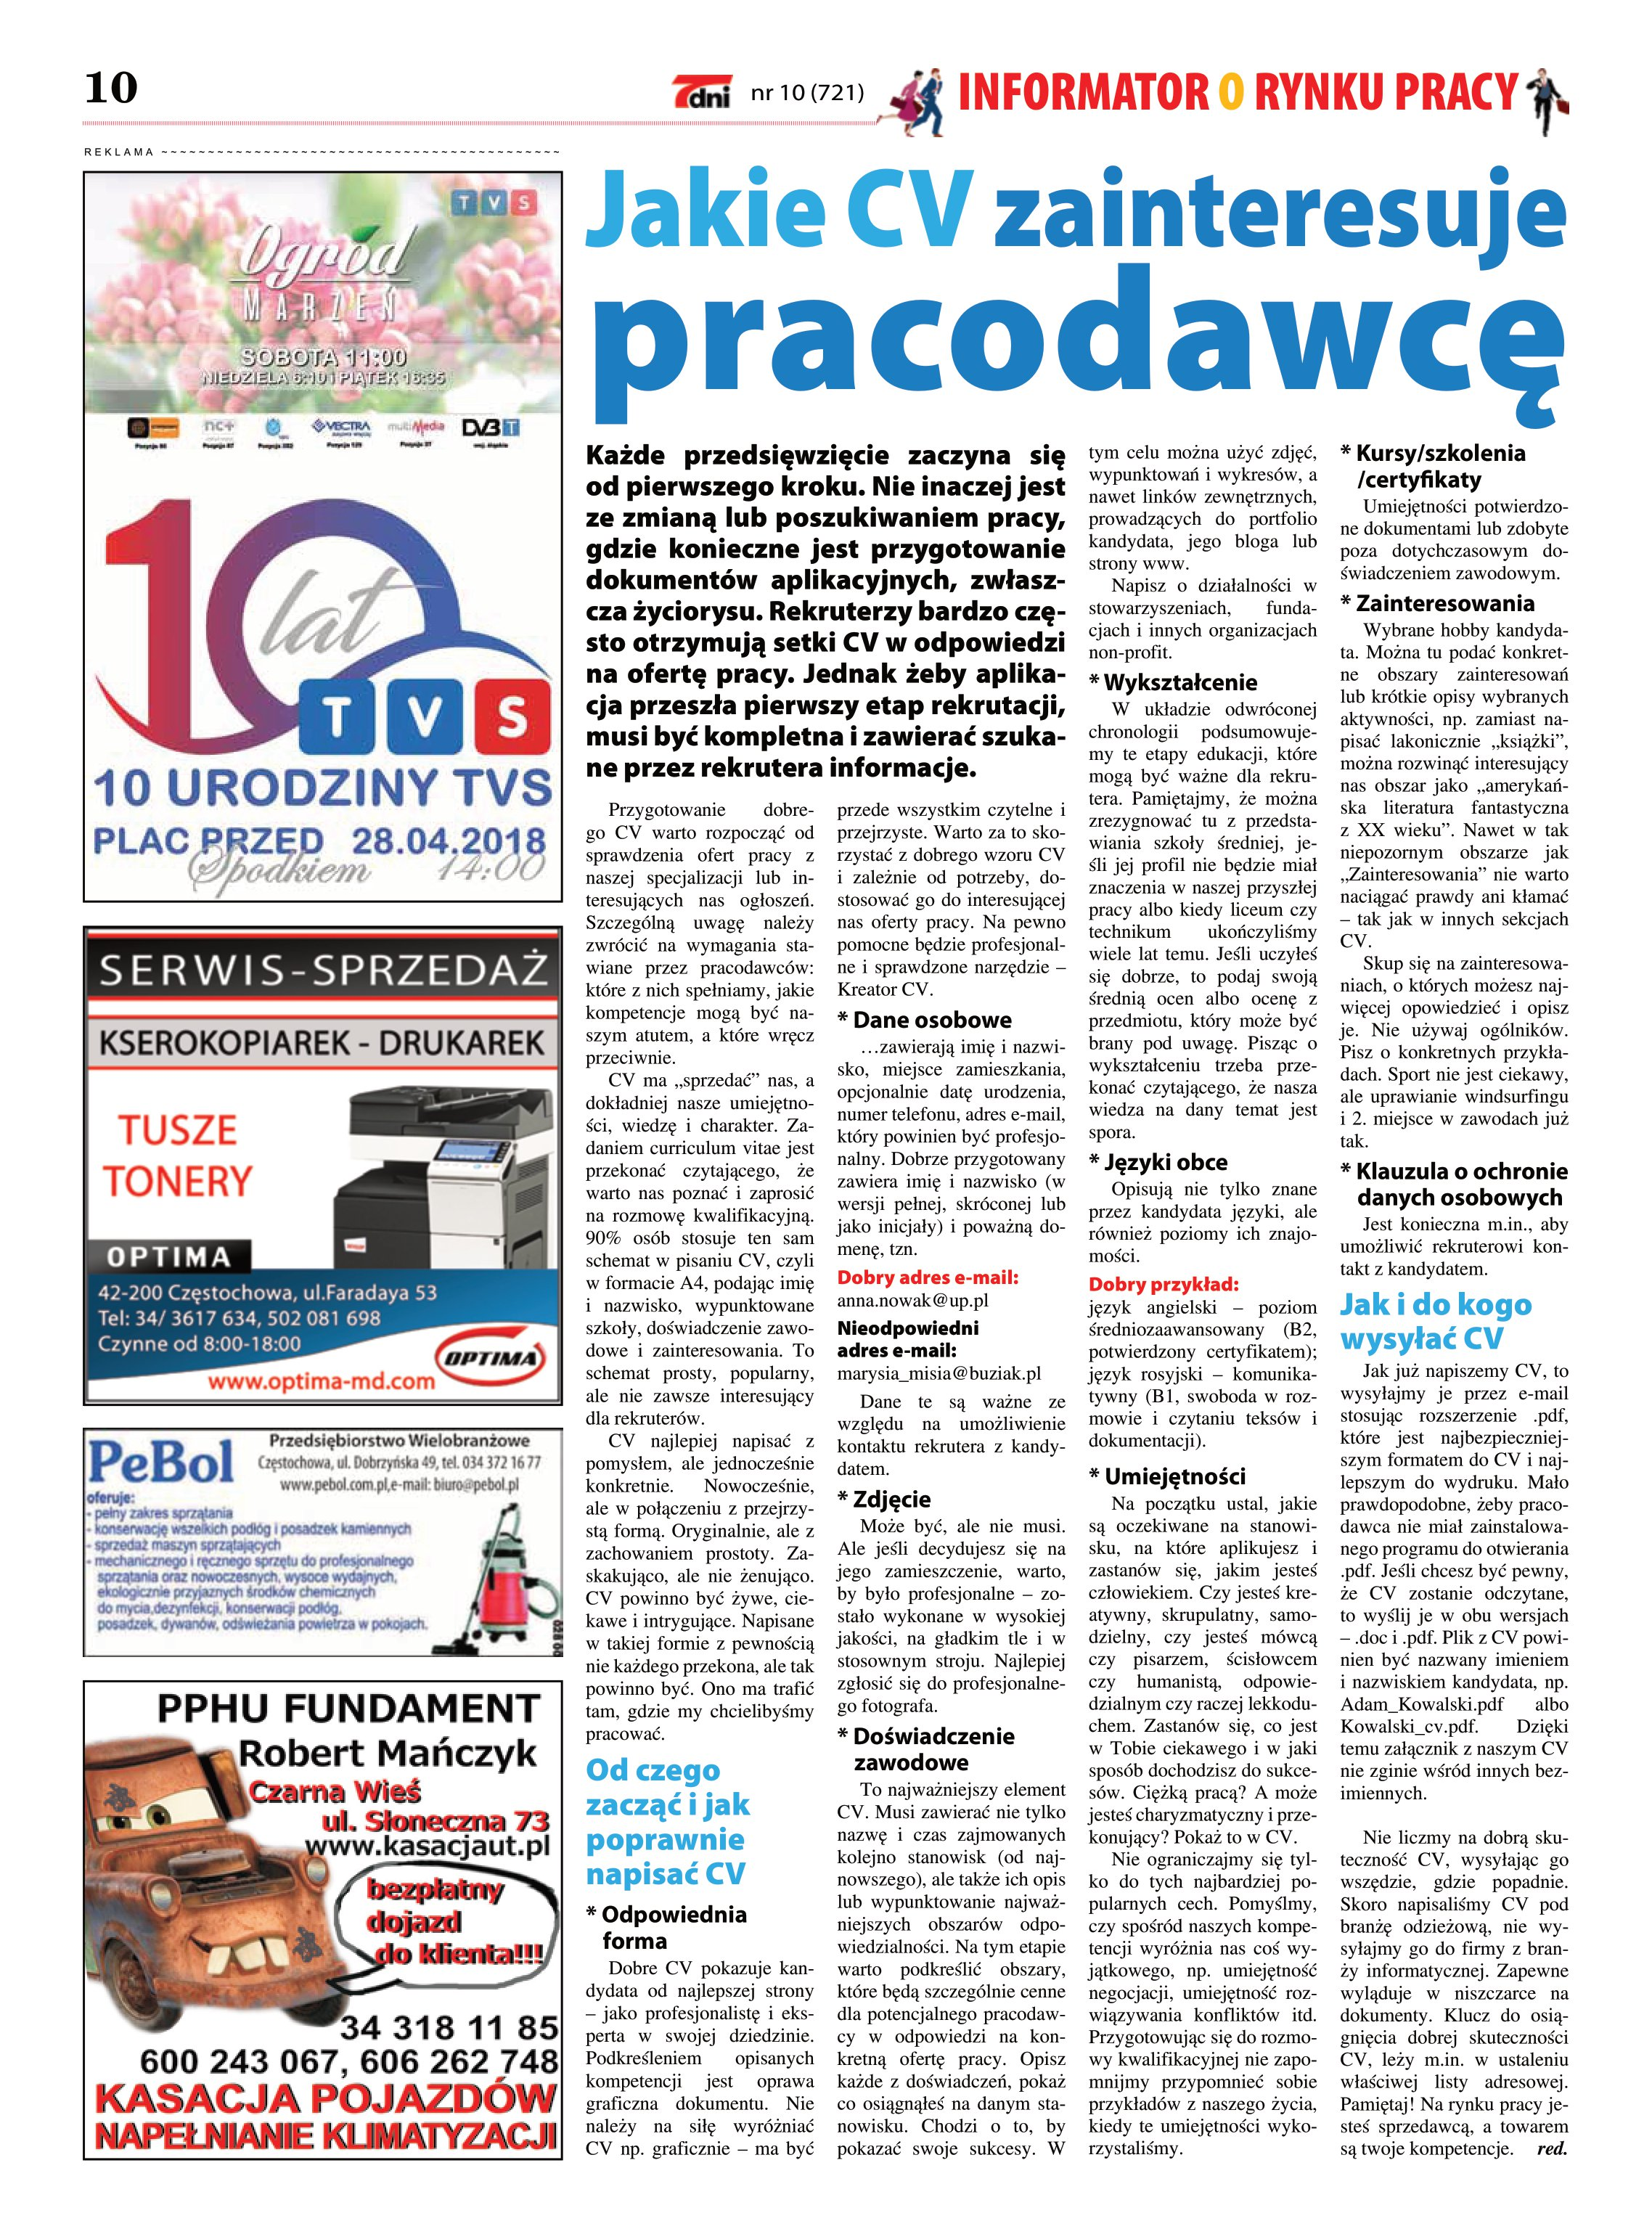
Language: pl